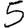
Digit: 5